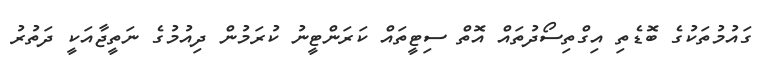
ގައުމުތަކުގެ ބޮޑެތި އިގްތިސޯދުތައް އޮތް ސިޓީތައް ކަރަންޓީނު ކުރަމުން ދިއުމުގެ ނަތީޖާއަކީ ދަތުރު